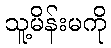
သူ့မိန်းမကို